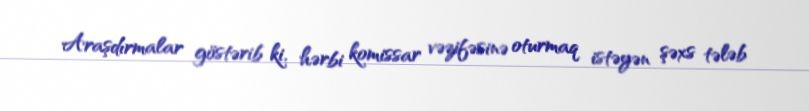
Araşdırmalar göstərib ki, hərbi komissar vəzifəsinə oturmaq istəyən şəxs tələb